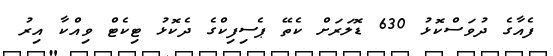
ފެއާގެ ދުވަސްކޮޅު 630 ޑޮލަރަށް ކެތޭ ޕެސިފިކްގެ ދެކޮޅު ޓިކެޓް ވިއްކާ އިރު